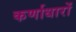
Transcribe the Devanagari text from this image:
कर्णाधारों